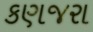
કણજરા